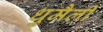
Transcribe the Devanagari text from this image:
धुमैली